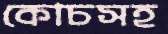
কোচসহ